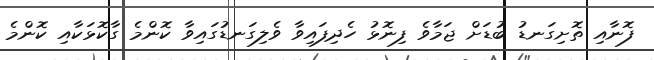
ފޮނާއި ތޮށިގަނޑު ބުޑަށް ޖަމާވެ ފިނޮޅު ހެދިފައިވާ ވެލިގަނޑުގައިވާ ކޮންމެ ގާކޮޅަކާއި ކޮންމެ